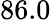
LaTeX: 86.0